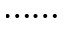
\ldots \! \ldots